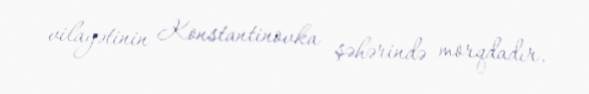
vilayətinin Konstantinovka şəhərində morqdadır.